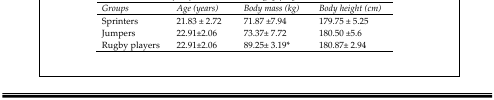
| Groups | Age (years) | Body mass (kg) | Body height (cm) |
 | --- | --- | --- | --- |
 | Sprinters | 21.83 ± 2.72 | 71.87 ±7.94 | 179.75 ± 5.25 |
 | Jumpers | 22.91±2.06 | 73.37± 7.72 | 180.50 ±5.6 |
 | Rugby players | 22.91±2.06 | 89.25± 3.19* | 180.87± 2.94 |